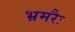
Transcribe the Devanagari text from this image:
भ्रमरैः